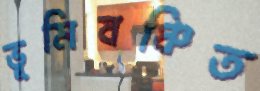
ভূমিবঞ্চিত